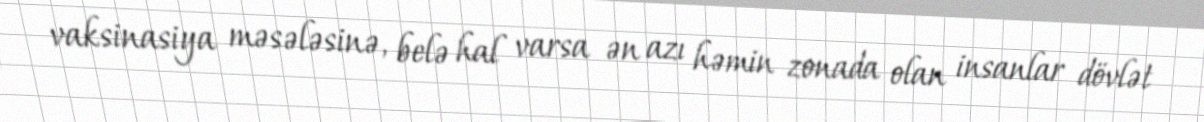
vaksinasiya məsələsinə, belə hal varsa ən azı həmin zonada olan insanlar dövlət